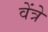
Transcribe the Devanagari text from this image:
वेंत्रे